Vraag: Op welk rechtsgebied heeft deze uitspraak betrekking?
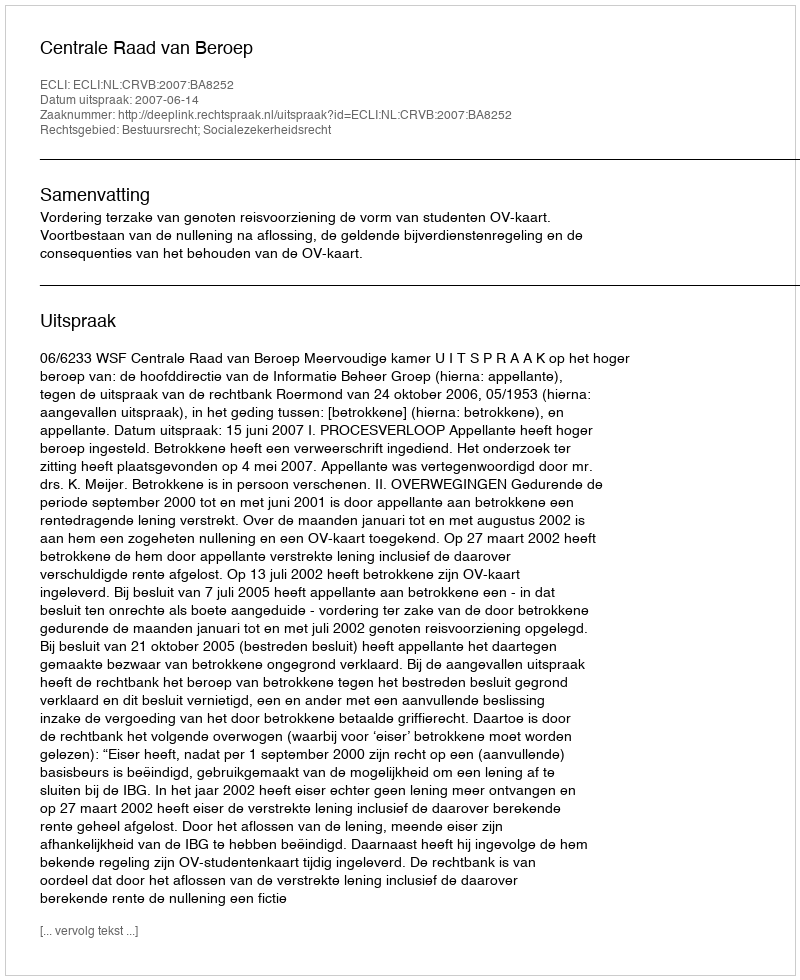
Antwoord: Bestuursrecht; Socialezekerheidsrecht